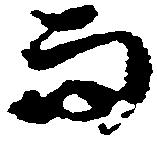
而